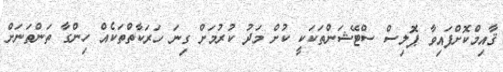
ޤާއިމްކޮށްފައިވާ ޕޮލިސް ސްޓޭޝަންތަކަކީ ކުށް މަދު ކުރުމަށް ގިނަ ހަރަކާތްތަކެއް ހިންގާ ތަންތަނަށް